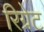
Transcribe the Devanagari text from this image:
रिग्रेट